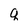
Character: q